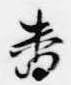
番